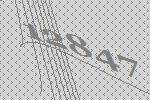
12847